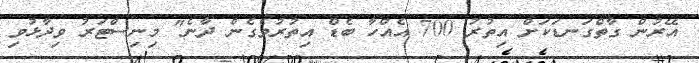
އޭރުން ގާތްގަނޑަކަށް އިތުރު 700 އެއްހާ ބެޑް އިތުރުވެގެން ދާނެ" މިނިސްޓަރު ވިދާޅުވި